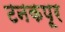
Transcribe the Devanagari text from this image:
टनकपूर